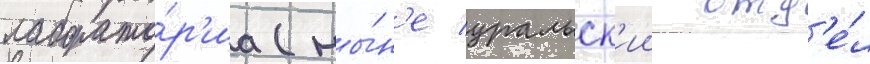
лаборато́р'иа (ны́н'е уральск'ии отд'е́л